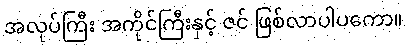
အလုပ်ကြီး အကိုင်ကြီးနှင့် ဇင် ဖြစ်လာပါပကော။